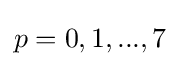
p=0,1,...,7